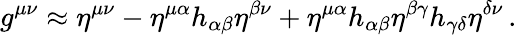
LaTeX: g^{\mu\nu}\approx\eta^{\mu\nu}-\eta^{\mu\alpha}h_{\alpha\beta}\eta^{\beta\nu}+\eta^{\mu\alpha}h_{\alpha\beta}\eta^{\beta\gamma}h_{\gamma\delta}\eta^{\delta\nu}\, .